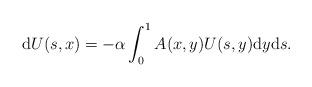
LaTeX: \begin{align*} \mathrm{d} U(s,x)=-\alpha\int_0^1 A(x,y)U(s,y)\mathrm{d}y \mathrm{d}s. \end{align*}